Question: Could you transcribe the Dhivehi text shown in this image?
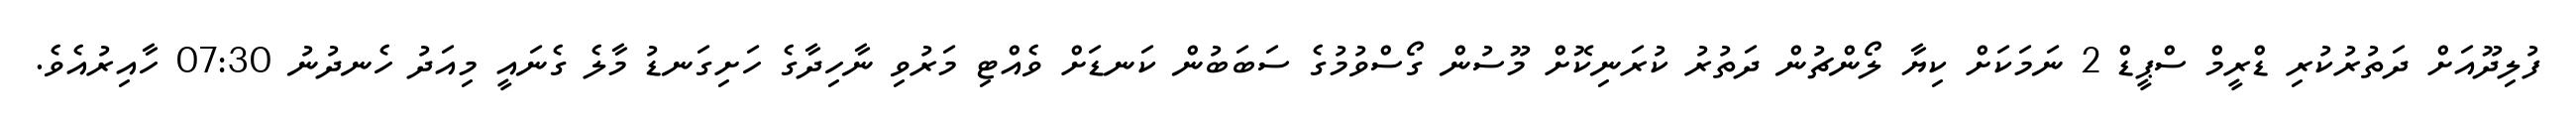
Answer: ފުލިދޫއަށް ދަތުރުކުރި ޑްރީމް ސްޕީޑް 2 ނަމަކަށް ކިޔާ ލޯންޗުން ދަތުރު ކުރަނިކޮށް މޫސުން ގޯސްވުމުގެ ސަބަބުން ކަނޑަށް ވެއްޓި މަރުވި ނާހިދާގެ ހަށިގަނޑު މާލެ ގެނައީ މިއަދު ހެނދުނު 07:30 ހާއިރުއެވެ.